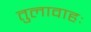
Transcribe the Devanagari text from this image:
तुलावाहः